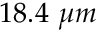
1 8 . 4 ~ \mu m